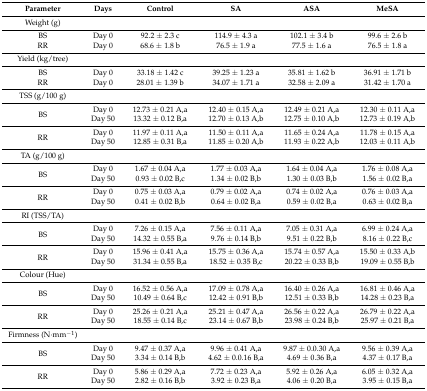
<table><thead><tr><td><b>Parameter</b></td><td><b>Days</b></td><td><b>Control</b></td><td><b>SA</b></td><td><b>ASA</b></td><td><b>MeSA</b></td></tr></thead><tbody><tr><td>Weight (g)</td><td></td><td></td><td></td><td></td><td></td></tr><tr><td>BS</td><td>Day 0</td><td>92.2 ± 2.3 c</td><td>114.9 ± 4.3 a</td><td>102.1 ± 3.4 b</td><td>99.6 ± 2.6 b</td></tr><tr><td>RR</td><td>Day 0</td><td>68.6 ± 1.8 b</td><td>76.5 ± 1.9 a</td><td>77.5 ± 1.6 a</td><td>76.5 ± 1.8 a</td></tr><tr><td>Yield (kg/tree)</td><td></td><td></td><td></td><td></td><td></td></tr><tr><td>BS</td><td>Day 0</td><td>33.18 ± 1.42 c</td><td>39.25 ± 1.23 a</td><td>35.81 ± 1.62 b</td><td>36.91 ± 1.71 b</td></tr><tr><td>RR</td><td>Day 0</td><td>28.01 ± 1.39 b</td><td>34.07 ± 1.71 a</td><td>32.58 ± 2.09 a</td><td>31.42 ± 1.70 a</td></tr><tr><td>TSS (g/100 g)</td><td></td><td></td><td></td><td></td><td></td></tr><tr><td rowspan="2">BS</td><td>Day 0</td><td>12.73 ± 0.21 A,a</td><td>12.40 ± 0.15 A,a</td><td>12.49 ± 0.21 A,a</td><td>12.30 ± 0.11 A,a</td></tr><tr><td>Day 50</td><td>13.32 ± 0.12 B,a</td><td>12.70 ± 0.13 A,b</td><td>12.75 ± 0.10 A,b</td><td>12.73 ± 0.19 A,b</td></tr><tr><td rowspan="2">RR</td><td>Day 0</td><td>11.97 ± 0.11 A,a</td><td>11.50 ± 0.11 A,a</td><td>11.65 ± 0.24 A,a</td><td>11.78 ± 0.15 A,a</td></tr><tr><td>Day 50</td><td>12.85 ± 0.31 B,a</td><td>11.85 ± 0.20 A,b</td><td>11.93 ± 0.22 A,b</td><td>12.03 ± 0.11 A,b</td></tr><tr><td>TA (g/100 g)</td><td></td><td></td><td></td><td></td><td></td></tr><tr><td rowspan="2">BS</td><td>Day 0</td><td>1.67 ± 0.04 A,a</td><td>1.77 ± 0.03 A,a</td><td>1.64 ± 0.04 A,a</td><td>1.76 ± 0.08 A,a</td></tr><tr><td>Day 50</td><td>0.93 ± 0.02 B,c</td><td>1.34 ± 0.02 B,b</td><td>1.30 ± 0.03 B,b</td><td>1.56 ± 0.02 B,a</td></tr><tr><td rowspan="2">RR</td><td>Day 0</td><td>0.75 ± 0.03 A,a</td><td>0.79 ± 0.02 A,a</td><td>0.74 ± 0.02 A,a</td><td>0.76 ± 0.03 A,a</td></tr><tr><td>Day 50</td><td>0.41 ± 0.02 B,b</td><td>0.64 ± 0.02 B,a</td><td>0.59 ± 0.02 B,a</td><td>0.63 ± 0.02 B,a</td></tr><tr><td>RI (TSS/TA)</td><td></td><td></td><td></td><td></td><td></td></tr><tr><td rowspan="2">BS</td><td>Day 0</td><td>7.26 ± 0.15 A,a</td><td> 7.56 ± 0.11 A,a</td><td> 7.05 ± 0.31 A,a</td><td> 6.99 ± 0.24 A,a</td></tr><tr><td>Day 50</td><td>14.32 ± 0.55 B,a</td><td> 9.76 ± 0.14 B,b</td><td> 9.51 ± 0.22 B,b</td><td> 8.16 ± 0.22 B,c</td></tr><tr><td rowspan="2">RR</td><td>Day 0</td><td>15.96 ± 0.41 A,a</td><td>15.75 ± 0.36 A,a</td><td>15.74 ± 0.57 A,a</td><td>15.50 ± 0.33 A,b</td></tr><tr><td>Day 50</td><td>31.34 ± 0.55 B,a</td><td>18.52 ± 0.35 B,c</td><td>20.22 ± 0.33 B,b</td><td>19.09 ± 0.55 B,b</td></tr><tr><td>Colour (Hue)</td><td></td><td></td><td></td><td></td><td></td></tr><tr><td rowspan="2">BS</td><td>Day 0</td><td>16.52 ± 0.56 A,a</td><td>17.09 ± 0.78 A,a</td><td>16.40 ± 0.26 A,a</td><td>16.81 ± 0.46 A,a</td></tr><tr><td>Day 50</td><td>10.49 ± 0.64 B,c</td><td>12.42 ± 0.91 B,b</td><td>12.51 ± 0.33 B,b</td><td>14.28 ± 0.23 B,a</td></tr><tr><td rowspan="2">RR</td><td>Day 0</td><td>25.26 ± 0.21 A,a</td><td>25.21 ± 0.47 A,a</td><td>26.56 ± 0.22 A,a</td><td>26.79 ± 0.22 A,a</td></tr><tr><td>Day 50</td><td>18.55 ± 0.14 B,c</td><td>23.14 ± 0.67 B,b</td><td>23.98 ± 0.24 B,b</td><td>25.97 ± 0.21 B,a</td></tr><tr><td>Firmness (N·mm<sup>−1</sup>)</td><td></td><td></td><td></td><td></td><td></td></tr><tr><td rowspan="2">BS</td><td>Day 0</td><td>9.47 ± 0.37 A,a</td><td>9.96 ± 0.41 A,a</td><td>9.87 ± 0.0.30 A,a</td><td>9.56 ± 0.39 A,a</td></tr><tr><td>Day 50</td><td>3.34 ± 0.14 B,b</td><td>4.62 ± 0.0.16 B,a</td><td>4.69 ± 0.36 B,a</td><td>4.37 ± 0.17 B,a</td></tr><tr><td rowspan="2">RR</td><td>Day 0</td><td>5.86 ± 0.29 A,a</td><td>7.72 ± 0.23 A,a</td><td>5.92 ± 0.26 A,a</td><td>6.05 ± 0.32 A,a</td></tr><tr><td>Day 50</td><td>2.82 ± 0.16 B,b</td><td>3.92 ± 0.23 B,a</td><td>4.06 ± 0.20 B,a</td><td>3.95 ± 0.15 B,a</td></tr></tbody></table>